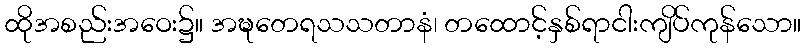
ထိုအစည်းအဝေး၌။ အဍ္ဎတေရသသတာနံ၊ တထောင့်နှစ်ရာငါးကျိပ်ကုန်သော။